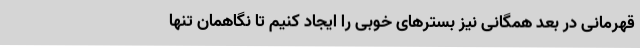
قهرمانی در بعد همگانی نیز بسترهای خوبی را ایجاد کنیم تا نگاهمان تنها